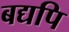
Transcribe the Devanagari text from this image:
बद्यपि